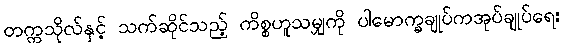
တက္ကသိုလ်နှင့် သက်ဆိုင်သည့် ကိစ္စဟူသမျှကို ပါမောက္ခချုပ်ကအုပ်ချုပ်ရေး